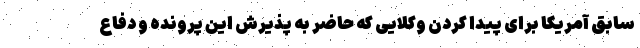
سابق آمریکا برای پیدا کردن وکلایی که حاضر به پذیرش این پرونده و دفاع